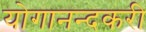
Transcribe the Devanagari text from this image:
योगानन्दकरी